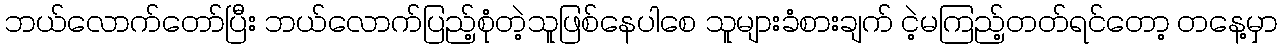
ဘယ်လောက်တော်ပြီး ဘယ်လောက်ပြည့်စုံတဲ့သူဖြစ်နေပါစေ သူများခံစားချက် ငဲ့မကြည့်တတ်ရင်တော့ တနေ့မှာ